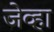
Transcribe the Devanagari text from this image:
जेव्‍हा